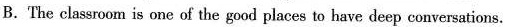
B.The classroom is one of the good places to have deep conversations.